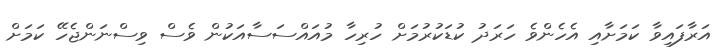
އަރާފައިވާ ކަމަށާއި އެހެންވެ ހަރަދު ކުޑަކުރުމަށް ހުރިހާ މުއައްސަސާއަކުން ވެސް ވިސްނަންޖެހޭ ކަމަށް